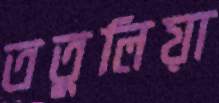
ততুলিয়া